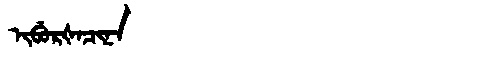
Manchu: ᡳᠪᡠᡵᡧᠠᠴᡳᠨᠠ
Romanization: IBURŠACINA